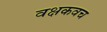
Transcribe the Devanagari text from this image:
वक्षकवच